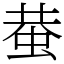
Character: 蛬